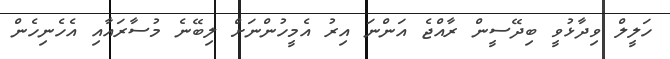
ހަލީލް ވިދާޅުވީ ބިދޭސީން ރާއްޖެ އަންނަ އިރު އެމީހުންނަށް ލިބޭނެ މުސާރައާއި އެހެނިހެން